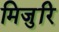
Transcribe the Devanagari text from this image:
मिजुरि